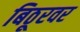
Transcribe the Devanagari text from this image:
बिठूरवर